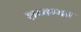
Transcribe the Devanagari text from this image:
शय्यम्भव